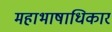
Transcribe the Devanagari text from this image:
महाभाषाधिकार